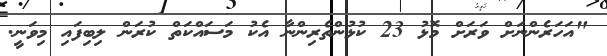
"އަހަރެންނަށް ވަރަށް މޮޅު 23 ކުޅުންތެރިންނާ އެކު މަސައްކަތް ކުރަން ލިބިފައި މިވަނީ.